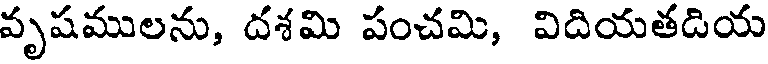
వృషములను, దశమి పంచమి, విదియతదియ